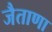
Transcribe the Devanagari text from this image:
जैताणा